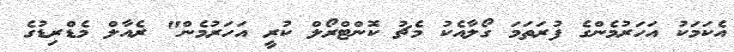
އެކަމަކު އަހަރުމެންގެ ފުރަތަމަ ގޯލާއެކު މެޗު ކޮންޓްރޯލް ކުރީ އަހަރުމެން" ރެއާލް މެޑްރިޑުގެ